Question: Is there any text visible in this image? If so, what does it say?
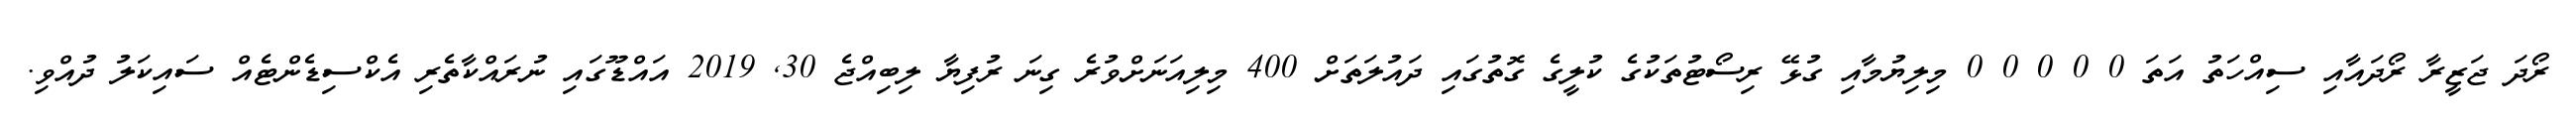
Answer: ރޯދަ ޖަޒީރާ ރޯދައާއި ސިއްހަތު އަތަ 0 0 0 0 0 މިލިޔުމާއި ގުޅޭ ރިސޯޓުތަކުގެ ކުލީގެ ގޮތުގައި ދައުލަތަށް 400 މިލިއަނަށްވުރެ ގިނަ ރުފިޔާ ލިބިއްޖެ 30, 2019 އައްޑޫގައި ނުރައްކާތެރި އެކްސިޑެންޓެއް ސައިކަލު ދުއްވި.